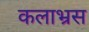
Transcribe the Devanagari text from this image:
कलाभ्रस